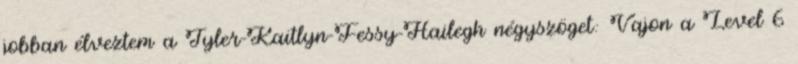
jobban élveztem a Tyler-Kaitlyn-Fessy-Hailegh négyszöget: Vajon a Level 6